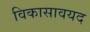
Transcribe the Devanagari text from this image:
विकासावयद